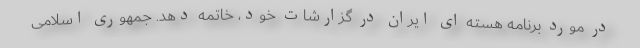
در مورد برنامه هسته ای ایران در گزارشات خود، خاتمه دهد. جمهوری اسلامی